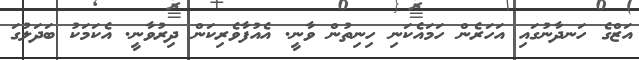
އަޒްގެ ހަނދާނުގައި އަހަރެން ހަމައެކަނި ހިނިތުން ވާނީ. އެއުފާވެރިކަން ދިރުވާނީ. އެކަމަކު ބަދަލުގަ